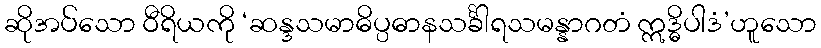
ဆိုအပ်သော ဝီရိယကို ‘ဆန္ဒသမာဓိပ္ပဓာနသင်္ခါရသမန္နာဂတံ ဣဒ္ဓိပါဒံ’ဟူသော